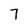
Character: 7